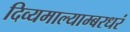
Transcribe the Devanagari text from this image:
दिव्यमाल्याम्बरधरं